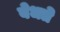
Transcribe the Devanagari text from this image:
बेधते